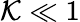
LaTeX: \mathcal{K}\ll1